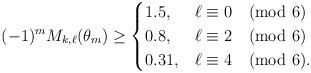
LaTeX: \begin{align*}(-1)^m M_{k,\ell}(\theta_m) \geq \begin{cases}1.5, &\ell \equiv 0 \pmod{6} \\0.8, &\ell \equiv 2 \pmod{6} \\0.31, & \ell \equiv 4 \pmod{6}.\end{cases}\end{align*}